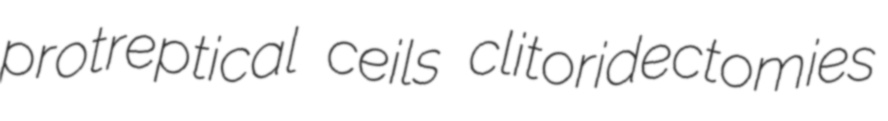
protreptical ceils clitoridectomies